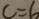
c = 6